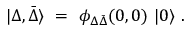
\vert \Delta , \bar { \Delta } \rangle \ = \ \phi _ { \Delta \bar { \Delta } } ( 0 , 0 ) \ \vert 0 \rangle \ .